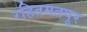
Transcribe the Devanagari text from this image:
रहितमतपूर